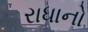
રાધાનો